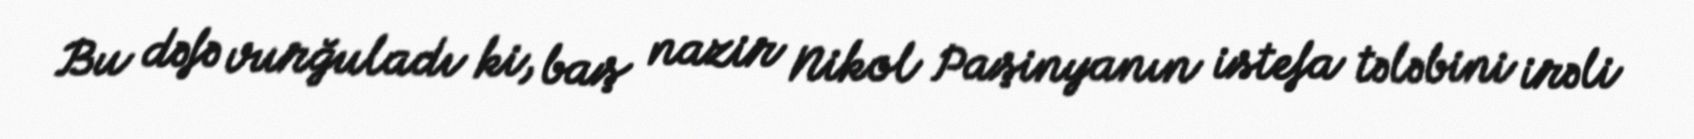
Bu dəfə vurğuladı ki, baş nazir Nikol Paşinyanın istefa tələbini irəli